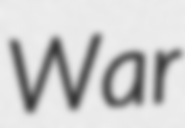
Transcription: War